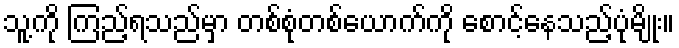
သူ့ကို ကြည့်ရသည်မှာ တစ်စုံတစ်ယောက်ကို စောင့်နေသည့်ပုံမျိုး။